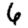
Digit: 6